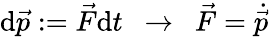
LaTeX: \mathrm{d}\vec{p}:=\vec{F}\mathrm{d}t\enspace\rightarrow\enspace\vec{F}=\dot{\vec{p}}